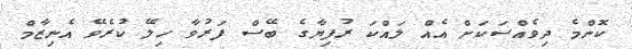
ކޮންމެ ދިވެއްސަކަށް އެއް ލައްކަ ރުފިޔާގެ ބޭސް ފަރުވާ ހިލޭ ކުރެވޭ އެނިޒާމް